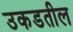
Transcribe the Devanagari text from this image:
उकडतील